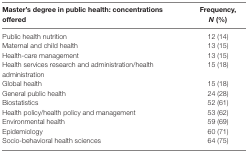
<table><thead><tr><td><b>Master’s degree in public health: concentrations offered</b></td><td><b>Frequency, <i>N</i> (%)</b></td></tr></thead><tbody><tr><td>Public health nutrition</td><td>12 (14)</td></tr><tr><td>Maternal and child health</td><td>13 (15)</td></tr><tr><td>Health-care management</td><td>13 (15)</td></tr><tr><td>Health services research and administration/health administration</td><td>15 (18)</td></tr><tr><td>Global health</td><td>15 (18)</td></tr><tr><td>General public health</td><td>24 (28)</td></tr><tr><td>Biostatistics</td><td>52 (61)</td></tr><tr><td>Health policy/health policy and management</td><td>53 (62)</td></tr><tr><td>Environmental health</td><td>59 (69)</td></tr><tr><td>Epidemiology</td><td>60 (71)</td></tr><tr><td>Socio-behavioral health sciences</td><td>64 (75)</td></tr></tbody></table>